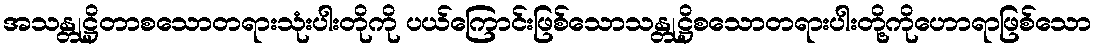
အသန္တုဋ္ဌိတာစသောတရားသုံးပါးတိုကို ပယ်ကြောင်းဖြစ်သောသန္တုဋ္ဌိစသောတရားပါးတို့ကိုဟောရာဖြစ်သော